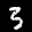
Label: 3